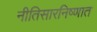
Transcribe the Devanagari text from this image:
नीतिसारनिष्णात